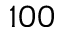
1 0 0